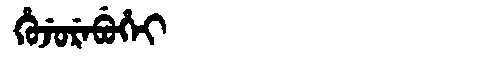
Manchu: ᡥᡠᠵᡠᡵᡝᠪᡠᡥᡝᡳ
Romanization: HUJUREBUHEI